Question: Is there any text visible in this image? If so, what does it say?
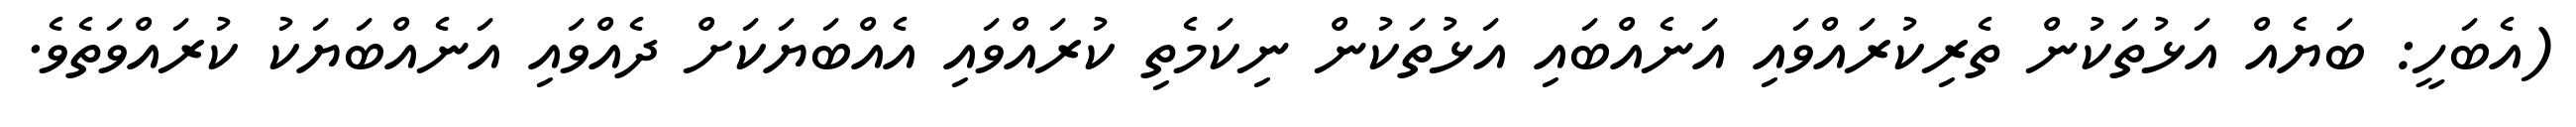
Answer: (އެބަހީ: ބަޔެއް އަޅުތަކުން ތެރިކުރައްވައި އަނެއްބައި އަޅުތަކުން ނިކަމެތި ކުރައްވައި އެއްބަޔަކަށް ދެއްވައި އަނެއްބަޔަކު ކުރައްވަތެވެ.